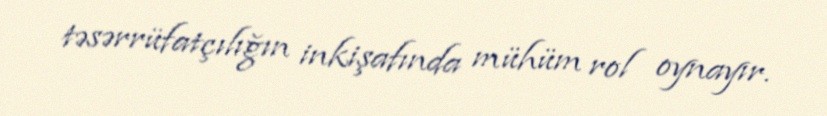
təsərrüfatçılığın inkişafında mühüm rol oynayır.